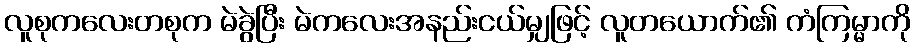
လူစုကလေးတစုက မဲခွဲပြီး မဲကလေးအနည်းငယ်မျှဖြင့် လူတယောက်၏ ကံကြမ္မာကို